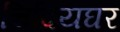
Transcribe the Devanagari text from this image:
चिदियघर